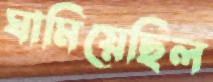
ঘামিয়েছিল